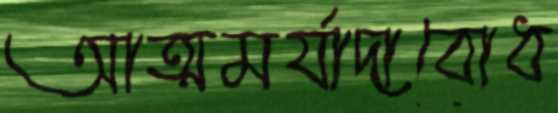
আত্মমর্যাদাবোধ